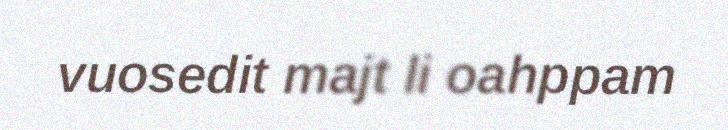
vuosedit majt li oahppam